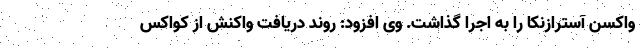
واکسن آسترازنکا را به اجرا گذاشت. وی افزود: روند دریافت واکنش از کواکس